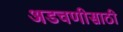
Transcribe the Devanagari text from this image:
अडचणीसाठी